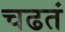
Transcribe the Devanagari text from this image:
चढतं